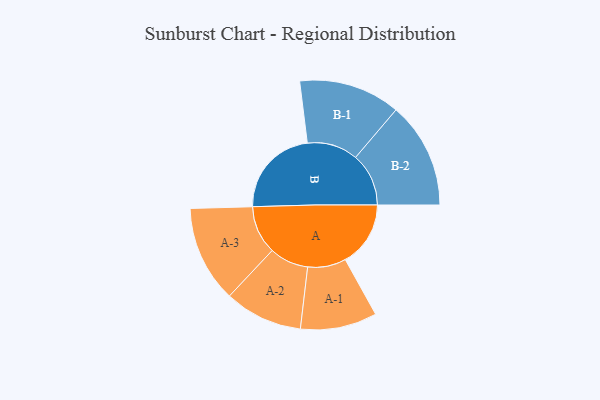
{"axis": {"x": "Segment", "y": "Value"}, "legend": ["", "A", "B"], "data": [{"x": "A", "y": 344, "type": ""}, {"x": "B", "y": 477, "type": ""}, {"x": "A-1", "y": 202, "type": "A"}, {"x": "A-2", "y": 206, "type": "A"}, {"x": "A-3", "y": 255, "type": "A"}, {"x": "B-1", "y": 268, "type": "B"}, {"x": "B-2", "y": 280, "type": "B"}]}